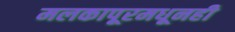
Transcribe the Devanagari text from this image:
मलकापूरमधूनही